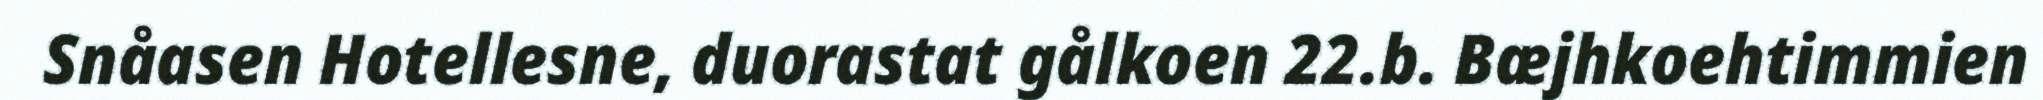
Snåasen Hotellesne, duorastat gålkoen 22.b. Bæjhkoehtimmien